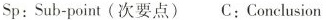
Sp：Sub-point(次要点) C：Conclusion